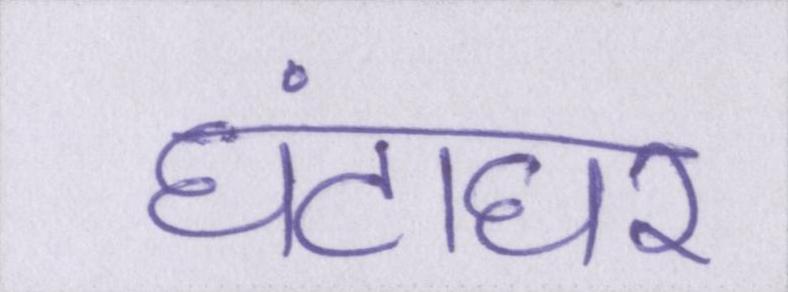
घंटाघर